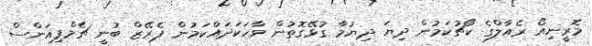
މޮރީނިއޯ ރެއާލްގެ ކޯޗުކަމުން ދިޔަ ދިޔުމާ ގުޅޭގޮތުން ވާހަކަދައްކަމުން ޕެރޭޒް ބުނީ ޗެމްޕިއަންސް